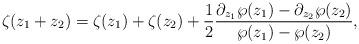
LaTeX: \begin{align*}\zeta(z_1+z_2)=\zeta(z_1)+\zeta(z_2)+\frac{1}{2}\frac{\partial_{z_1} \wp (z_1)-\partial_{z_2} \wp (z_2)}{\wp (z_1)-\wp (z_2)},\end{align*}